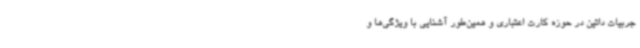
جربیات داتین در حوزه کارت اعتباری و همین‌طور آشنایی با ویژگی‌ها و